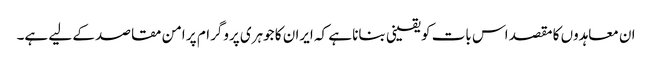
ان معاہدوں کا مقصد اس بات کو یقینی بنانا ہے کہ ایران کا جوہری پروگرام پر امن مقاصد کے لیے ہے۔